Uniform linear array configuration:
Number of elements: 48
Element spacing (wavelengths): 1
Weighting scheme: kaiser
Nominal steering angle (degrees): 15
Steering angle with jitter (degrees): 15.19
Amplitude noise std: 0.05
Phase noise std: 0.05

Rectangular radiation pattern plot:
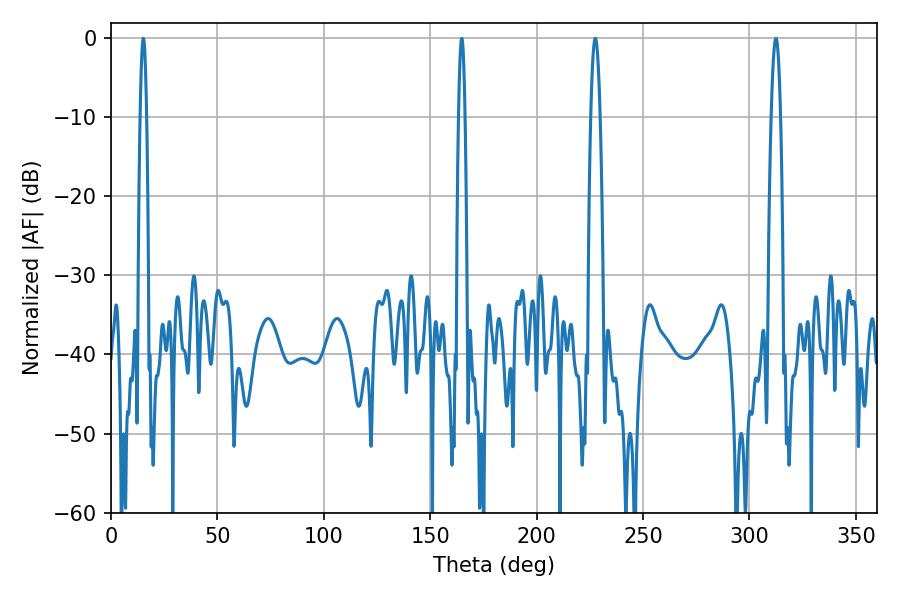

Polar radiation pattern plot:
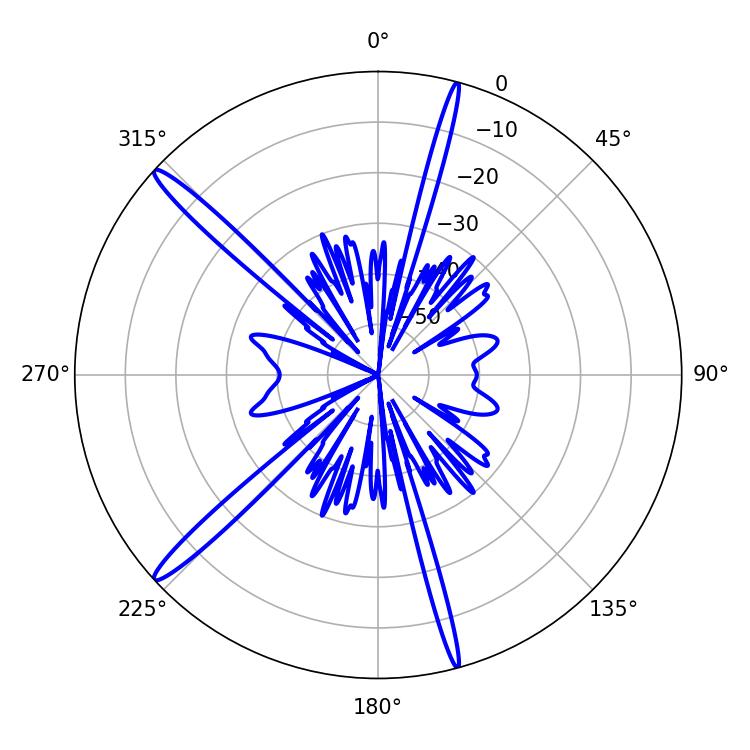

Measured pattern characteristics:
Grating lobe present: TRUE
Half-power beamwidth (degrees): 2.34
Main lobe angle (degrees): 227.52